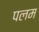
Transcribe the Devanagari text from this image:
पलम